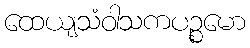
ထေယျသံဝါသကပဉ္စမော